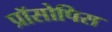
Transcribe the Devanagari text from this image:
प्रॉसोपिस